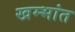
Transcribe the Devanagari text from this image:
खम्भांत